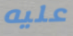
عليه